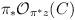
LaTeX: \begin{align*}\pi_{*}{\cal{O}}_{\pi^{*}z}(C)\end{align*}